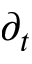
\partial _ { t }